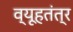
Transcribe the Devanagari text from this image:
व्यूहतंत्र